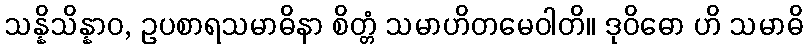
သန္နိသိန္နာဝ, ဥပစာရသမာဓိနာ စိတ္တံ သမာဟိတမေဝါတိ။ ဒုဝိဓော ဟိ သမာဓိ